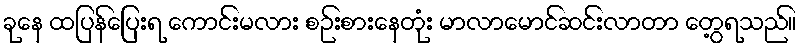
ခုနေ ထပြန်ပြေးရ ကောင်းမလား စဉ်းစားနေတုံး မာလာမောင်ဆင်းလာတာ တွေ့ရသည်။